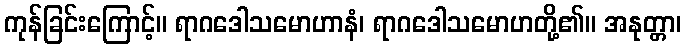
ကုန်ခြင်းကြောင့်။ ရာဂဒေါသမောဟာနံ၊ ရာဂဒေါသမောဟတို့၏။ အနုတ္တာ၊